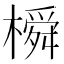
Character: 橓